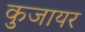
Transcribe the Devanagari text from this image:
कुजायर